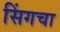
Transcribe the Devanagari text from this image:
सिंगचा